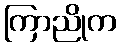
ကြာညိုက